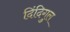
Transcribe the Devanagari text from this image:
दिंदिगुल